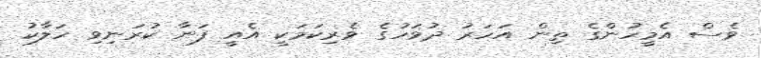
ވެސް އެމީހުންގެ ތިން އަހަރު ދުވަހުގެ ވެރިކަމަކީ އެއީ ފަނާ ކުރަނިވި ހަލާކު